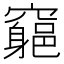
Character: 𥨪